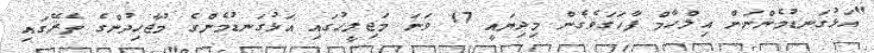
"އަޅުގަނޑުމެންނަށް އިލްހާމް ފާހަގަވެގެން މިދިޔައީ 17 ވަނަ މަޖިލީހުގައި އަޅުގަނޑުމެންގެ މުޖާހިދުންގެ ތެރޭގައި